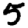
Digit: 5